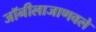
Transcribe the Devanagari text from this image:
जॉनीलाजाणवले